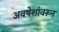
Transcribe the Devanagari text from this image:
अवषेशांवरून